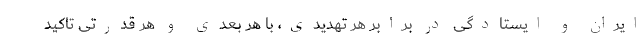
ایران و ایستادگی در برابر هر تهدیدی، با هر بعدی و هر قدرتی تاکید